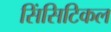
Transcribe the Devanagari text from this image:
सिंसिटिकल